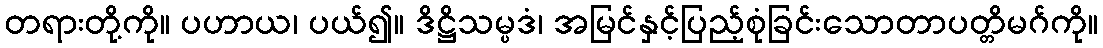
တရားတို့ကို။ ပဟာယ၊ ပယ်၍။ ဒိဋ္ဌိသမ္ပဒံ၊ အမြင်နှင့်ပြည့်စုံခြင်းသောတာပတ္တိမဂ်ကို။